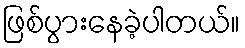
ဖြစ်ပွားနေခဲ့ပါတယ်။